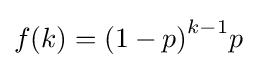
f(k)={\left(1-p\right)}^{k-1}p